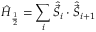
\hat { H } _ { \frac { 1 } { 2 } } = \sum _ { i } \hat { \vec { S } } _ { i } \cdot \hat { \vec { S } } _ { i + 1 }